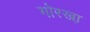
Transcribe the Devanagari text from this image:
गोरखा़